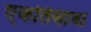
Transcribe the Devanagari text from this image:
एकतिसावा